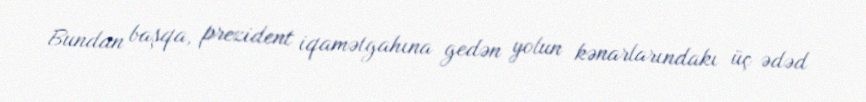
Bundan başqa, prezident iqamətgahına gedən yolun kənarlarındakı üç ədəd